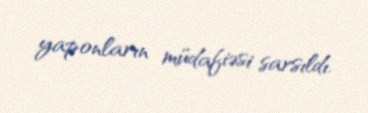
yaponların müdafiəsi sarsıldı.